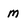
Character: M